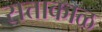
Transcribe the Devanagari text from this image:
सत्ताकाळ